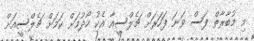
މި މުބާރާތް ފަސް ވަނަ ފަހަރަށް ޗެލްސީއާ އެކު ހޯދުމަށް ކަމަށް ޗެލްސީއަށް